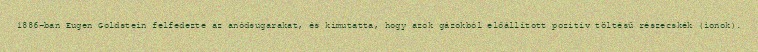
1886-ban Eugen Goldstein felfedezte az anódsugarakat, és kimutatta, hogy azok gázokból előállított pozitív töltésű részecskék (ionok).